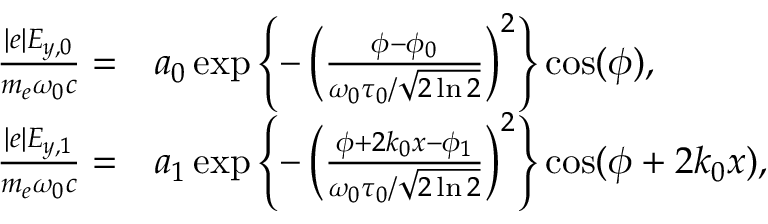
\begin{array} { r l } { \frac { | e | E _ { y , 0 } } { m _ { e } \omega _ { 0 } c } = } & { a _ { 0 } \exp \left\{ - \left( \frac { \phi - \phi _ { 0 } } { \omega _ { 0 } \tau _ { 0 } / \sqrt { 2 \ln 2 } } \right) ^ { 2 } \right\} \cos ( \phi ) , } \\ { \frac { | e | E _ { y , 1 } } { m _ { e } \omega _ { 0 } c } = } & { a _ { 1 } \exp \left\{ - \left( \frac { \phi + 2 k _ { 0 } x - \phi _ { 1 } } { \omega _ { 0 } \tau _ { 0 } / \sqrt { 2 \ln 2 } } \right) ^ { 2 } \right\} \cos ( \phi + 2 k _ { 0 } x ) , } \end{array}